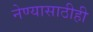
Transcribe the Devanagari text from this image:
नेण्यासाठीही